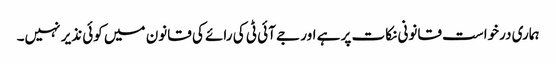
ہماری درخواست قانونی نکات پر ہے اور جے آئی ٹی کی رائے کی قانون میں کوئی نذیر نہیں۔